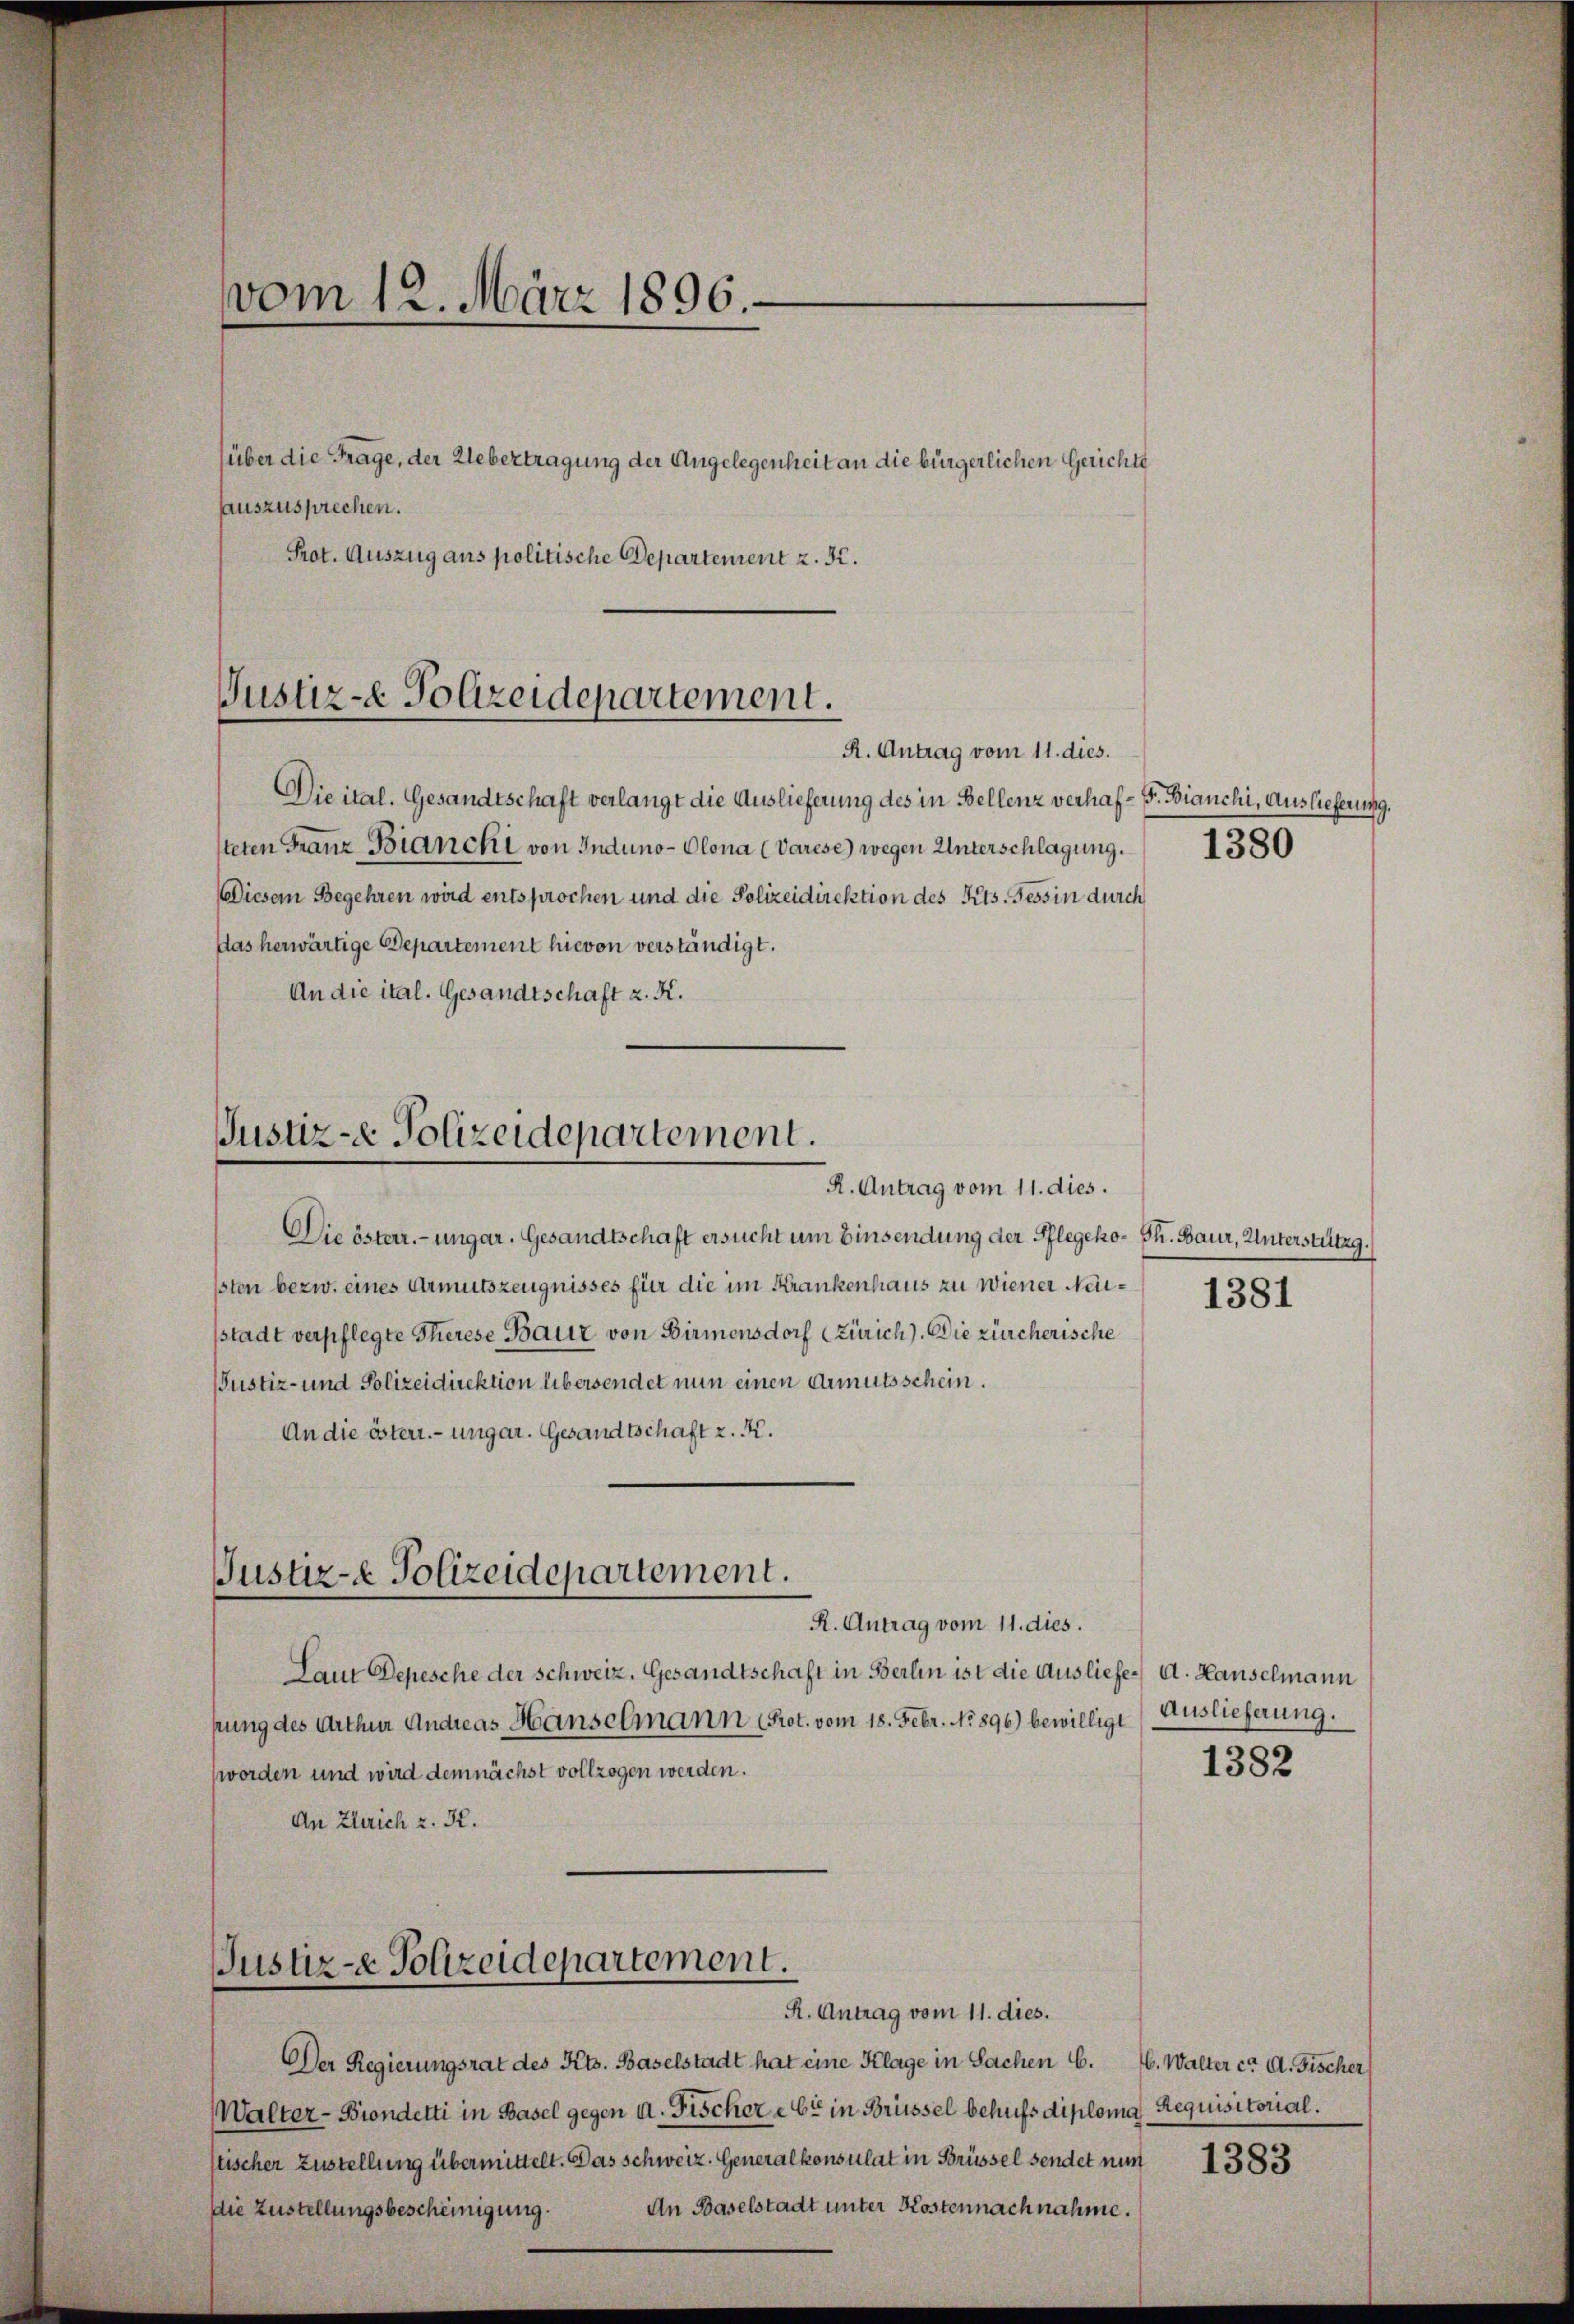
vom 12. März 1896.
(über die Frage, der Uebertragung der Angelegenheit an die bürgerlichen Gerichte
sauszusprechen.
Prot. Auszug aus politische Departement z. B.

Justiz- & Polizeidepartement.
R. Antrag vom 11. dies.

Dieital. Gesandtschaft verlangt die Auslieferung des in Bellenz verhaf¬ F. Bianchi, Auslieferung.
steten Franz Bianchi von Induno -Olona (Varese) wegen Unterschlagung.
Diesem Begehren wird entsprochen und die Polizeidirektion des Kts. Tessin durch
das herwärtige Departement hievon verständigt.
An die ital. Gesandtschaft z. R.

Justiz-e Polizeidepartement.
R. Antrag vom 11. dies.

Die österr.-ungar. Gesandtschaft ersucht um Einsendung der Pflegeko- Gl. Baur, Unterstützg.
ssten bezw. eines Armutszeugnisses für die im Krankenhaus zu Wiener Neistadt verpflegte Therese Baur von Birmensdorf (Zürich). Die zürcherische
Justiz- und Polizeidirektion übersendet nun einen Armutsschein.
An die österr. ungar. Gesandtschaft z. B.
Justiz- & Polizeidepartement.
R. Antrag vom 11. dies.

Justiz-e Polizeidepartement.
R. Antrag vom 11. dies.

1380

Laut Depesche der Schweiz. Gesandtschaft in Berlin ist die Ausliefe A. Hauselmann
hung des Arthur Andreas Hanselmann (Prot. vom 18. Febr. No. 1896) bewilligt
worden und wird demnächst vollzogen werden.
An Zürich z. K.

Der Regierungsrat des Kts. Baselstadt hat eine Klage in Sachen C.
Walter-Biondelti in Basel gegen u. Fischer e 65 in Brüssel behufs diploma Requisitorial.
stischer Zustellung übermittelt. Das schweiz. Generalkonsulat in Brüssel sendet nun
An Baselstadt unter Kostennach nahme.
die Zustellungsbescheinigung.

1381

Auslieferung.
1382

6. Walter ca. A. Fischer

1383